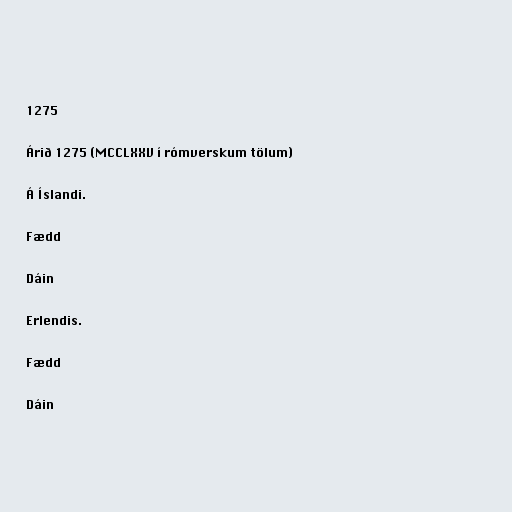
1275

Árið 1275 (MCCLXXV í rómverskum tölum)

Á Íslandi.

Fædd

Dáin

Erlendis.

Fædd

Dáin